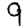
Digit: 9